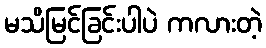
မသိမြင်ခြင်းပါပဲ ကလားတဲ့